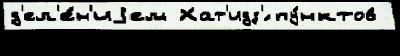
д'ел'е́н'иjем Хат'идз'́ пу́нктов